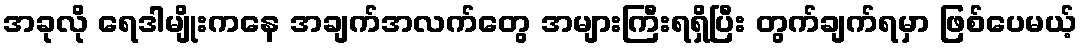
အခုလို ရေဒါမျိုးကနေ အချက်အလက်တွေ အများကြီးရရှိပြီး တွက်ချက်ရမှာ ဖြစ်ပေမယ့်